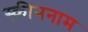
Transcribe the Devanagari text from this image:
स्क्रीननाम